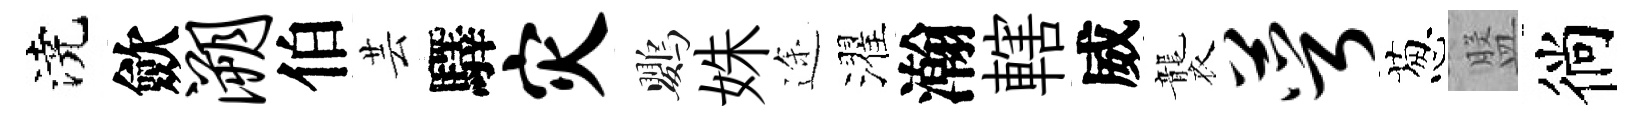
澆歛溯伯芸驛灾鸚姝途濯瀚轄威襲萼葱盤徜